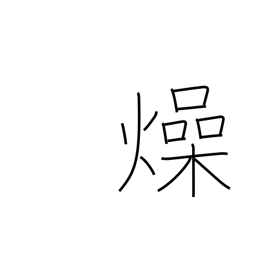
Meaning: parch